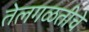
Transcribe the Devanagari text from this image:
तेलगळतीचे